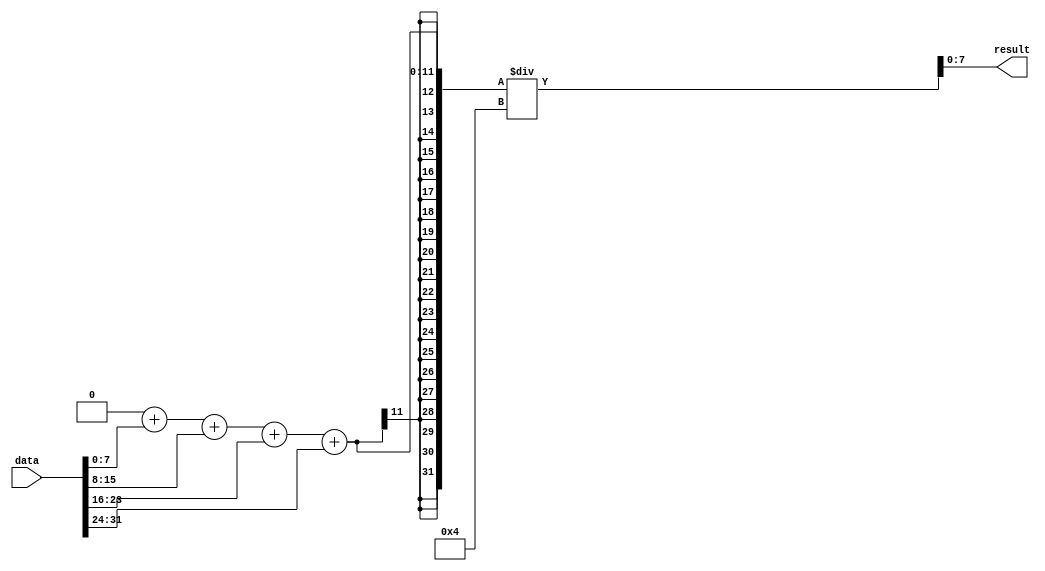
`timescale 1ns / 1ps
//////////////////////////////////////////////////////////////////////////////////
// Company: 
// Engineer: 
// 
// Design Name: 
// Module Name: Avg
// Project Name: 
// Target Devices: 
// Tool Versions: 
// Description: 
// 
// Dependencies: 
// 
// Revision:
// Revision 0.01 - File Created
// Additional Comments:
// 
//////////////////////////////////////////////////////////////////////////////////


module Avg#(
    parameter BITWIDTH = 8,
    parameter LENGTH = 4
    )
    (
    input [BITWIDTH * LENGTH - 1 : 0] data,
    output reg signed [BITWIDTH - 1 : 0] result
    );
    
    wire signed [BITWIDTH - 1:0] dataArray[0:LENGTH - 1];
    genvar i;
    generate      
        for(i = 0; i < LENGTH; i = i + 1) begin
            assign dataArray[i] = data[i * BITWIDTH + BITWIDTH - 1: i * BITWIDTH];
        end
    endgenerate
    
    integer j, sum;
    always @(*) begin
        sum = 0;
        for(j = 0; j < LENGTH; j = j + 1) begin
            sum = sum + dataArray[j];
        end
        result = sum / LENGTH;
    end
    
endmodule